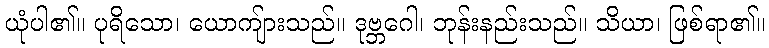
ယုံပါ၏။ ပုရိသော၊ ယောကျ်ားသည်။ ဒုဗ္ဘဂေါ၊ ဘုန်းနည်းသည်။ သိယာ၊ ဖြစ်ရာ၏။